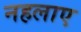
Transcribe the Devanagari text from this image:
नहलाए